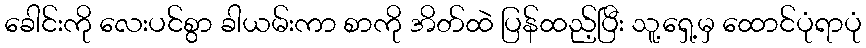
ခေါင်းကို လေးပင်စွာ ခါယမ်းကာ စာကို အိတ်ထဲ ပြန်ထည့်ပြီး သူ့ရှေ့မှ ထောင်ပုံရာပုံ